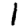
Digit: 1